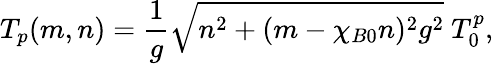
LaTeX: T_{p}(m,n)=\frac{1}{g}\sqrt{n^{2}+(m-\chi_{B0}n)^{2}g^{2}}~T_{0}^{p},